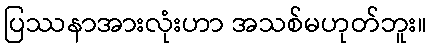
ပြဿနာအားလုံးဟာ အသစ်မဟုတ်ဘူး။